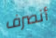
أنصرف